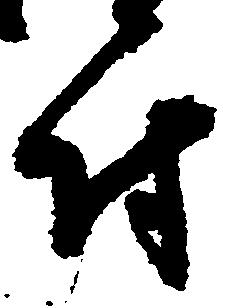
付